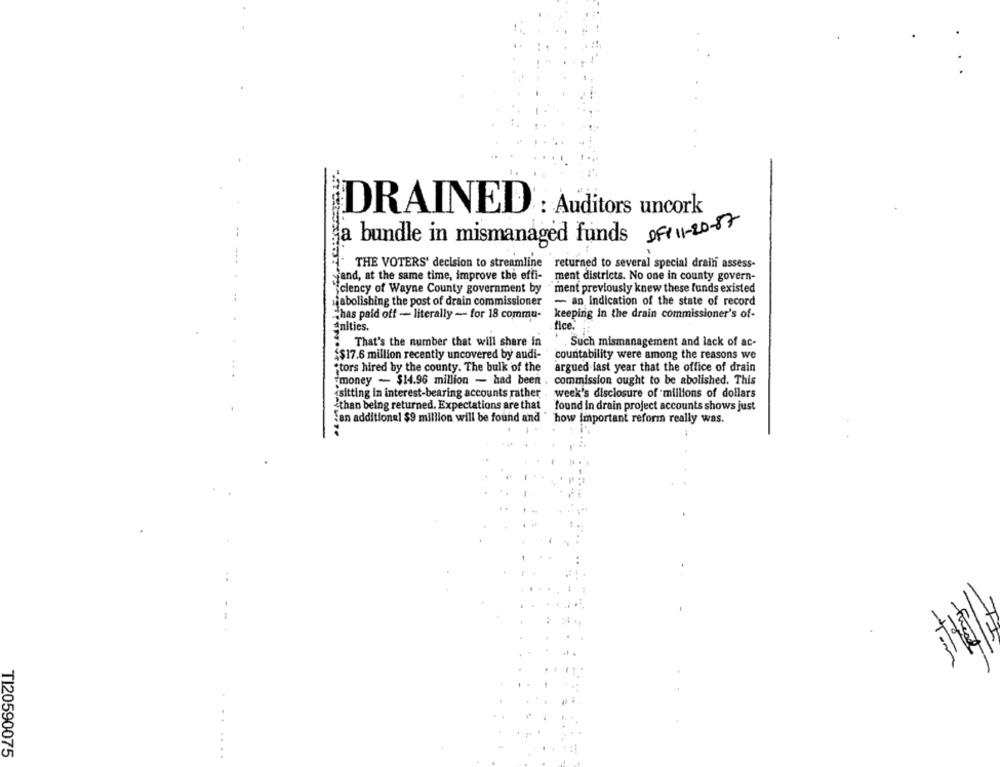
DRAINED : Auditors uncork
a bundle in mismanaged funds 96/11-20-87
THE VOTERS' decision to streamline returned to several special drain assess-
yand, at the same time, improve the effi-
ment districts. No one in county govern-
ciency of Wayne County government by
"ment previously knew these funds existed
abolishing the post of drain commissioner
- an indication of the state of record
keeping in the drain commissioner's of-
Chas paid off - literally - for 18 commu-
Anities.
fice.
That's the number that will share in
Such mismanagement and lack of ac-
$$17.6 million recently uncovered by audi-
countability were among the reasons we
;tors hired by the county. The bulk of the
argued last year that the office of drain
money - $14.96 million - had been . commission ought to be abolished. This
isitting in interest-bearing accounts rather . week's disclosure of millions of dollars
than being returned. Expectations are that found in drain project accounts shows just
:an additional $9 million will be found and " how important reform really was.
how important reform really was.
EX
Furent
TI20590075